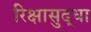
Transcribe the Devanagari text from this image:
रिक्षासुद्धा